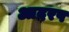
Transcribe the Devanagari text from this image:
आदरप